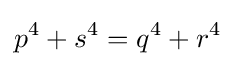
p^{4}+s^{4}=q^{4}+r^{4}